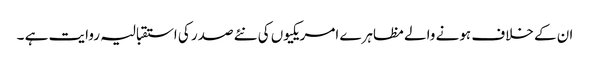
ان کے خلاف ہونے والے مظاہرے امریکیوں کی نئے صدر کی استقبالیہ روایت ہے ۔